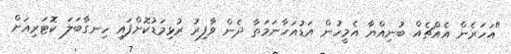
"އަހަރެން އެއްޗެއް ބުނިއްޔާ އެމީހުން އަޑުއަހާނަމަތާ ދެން ވާފިރު ރުޅިމަޑުކޮށްފައި ހިނގާބަލަ ކޮޓަރިއަށް